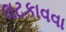
લટકાવવા